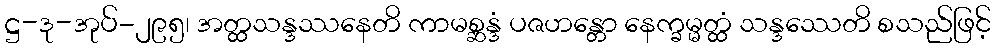
ဋ္ဌ-ဒု-အုပ်-၂၉၅၊ အတ္ထသန္ဒဿနေတိ ကာမစ္ဆန္ဒံ ပဇဟန္တော နေက္ခမ္မတ္ထံ သန္ဒဿေတိ စသည်ဖြင့်